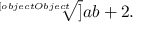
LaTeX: { \sqrt [ [object Object] ] { a b + 2 } } .